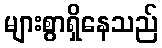
များစွာရှိနေသည်